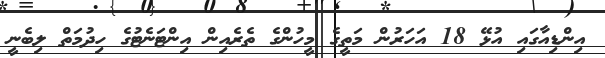
އިންޑިއާގައި އުޅޭ 18 އަހަރުން މަތީގެ މީހުންގެ ތެރެއިން އިންޓަނެޓުގެ ހިދުމަތް ލިބެނީ